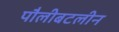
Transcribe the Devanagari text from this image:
पौलीबटलीन